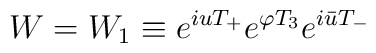
W=W_1 \equiv e^{iuT_{+}}e^{\varphi T_3}e^{i\bar{u}T_{-}}